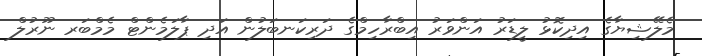
މެލޭޝިޔާގެ އިދިކޮޅު ލީޑަރު އަންވަރު އިބްރާހިމްގެ ދަރިކަނބަލުން އަދި ޕާލަމެންޓް މެމްބަރ ނޫރުލް